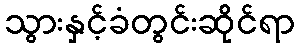
သွားနှင့်ခံတွင်းဆိုင်ရာ